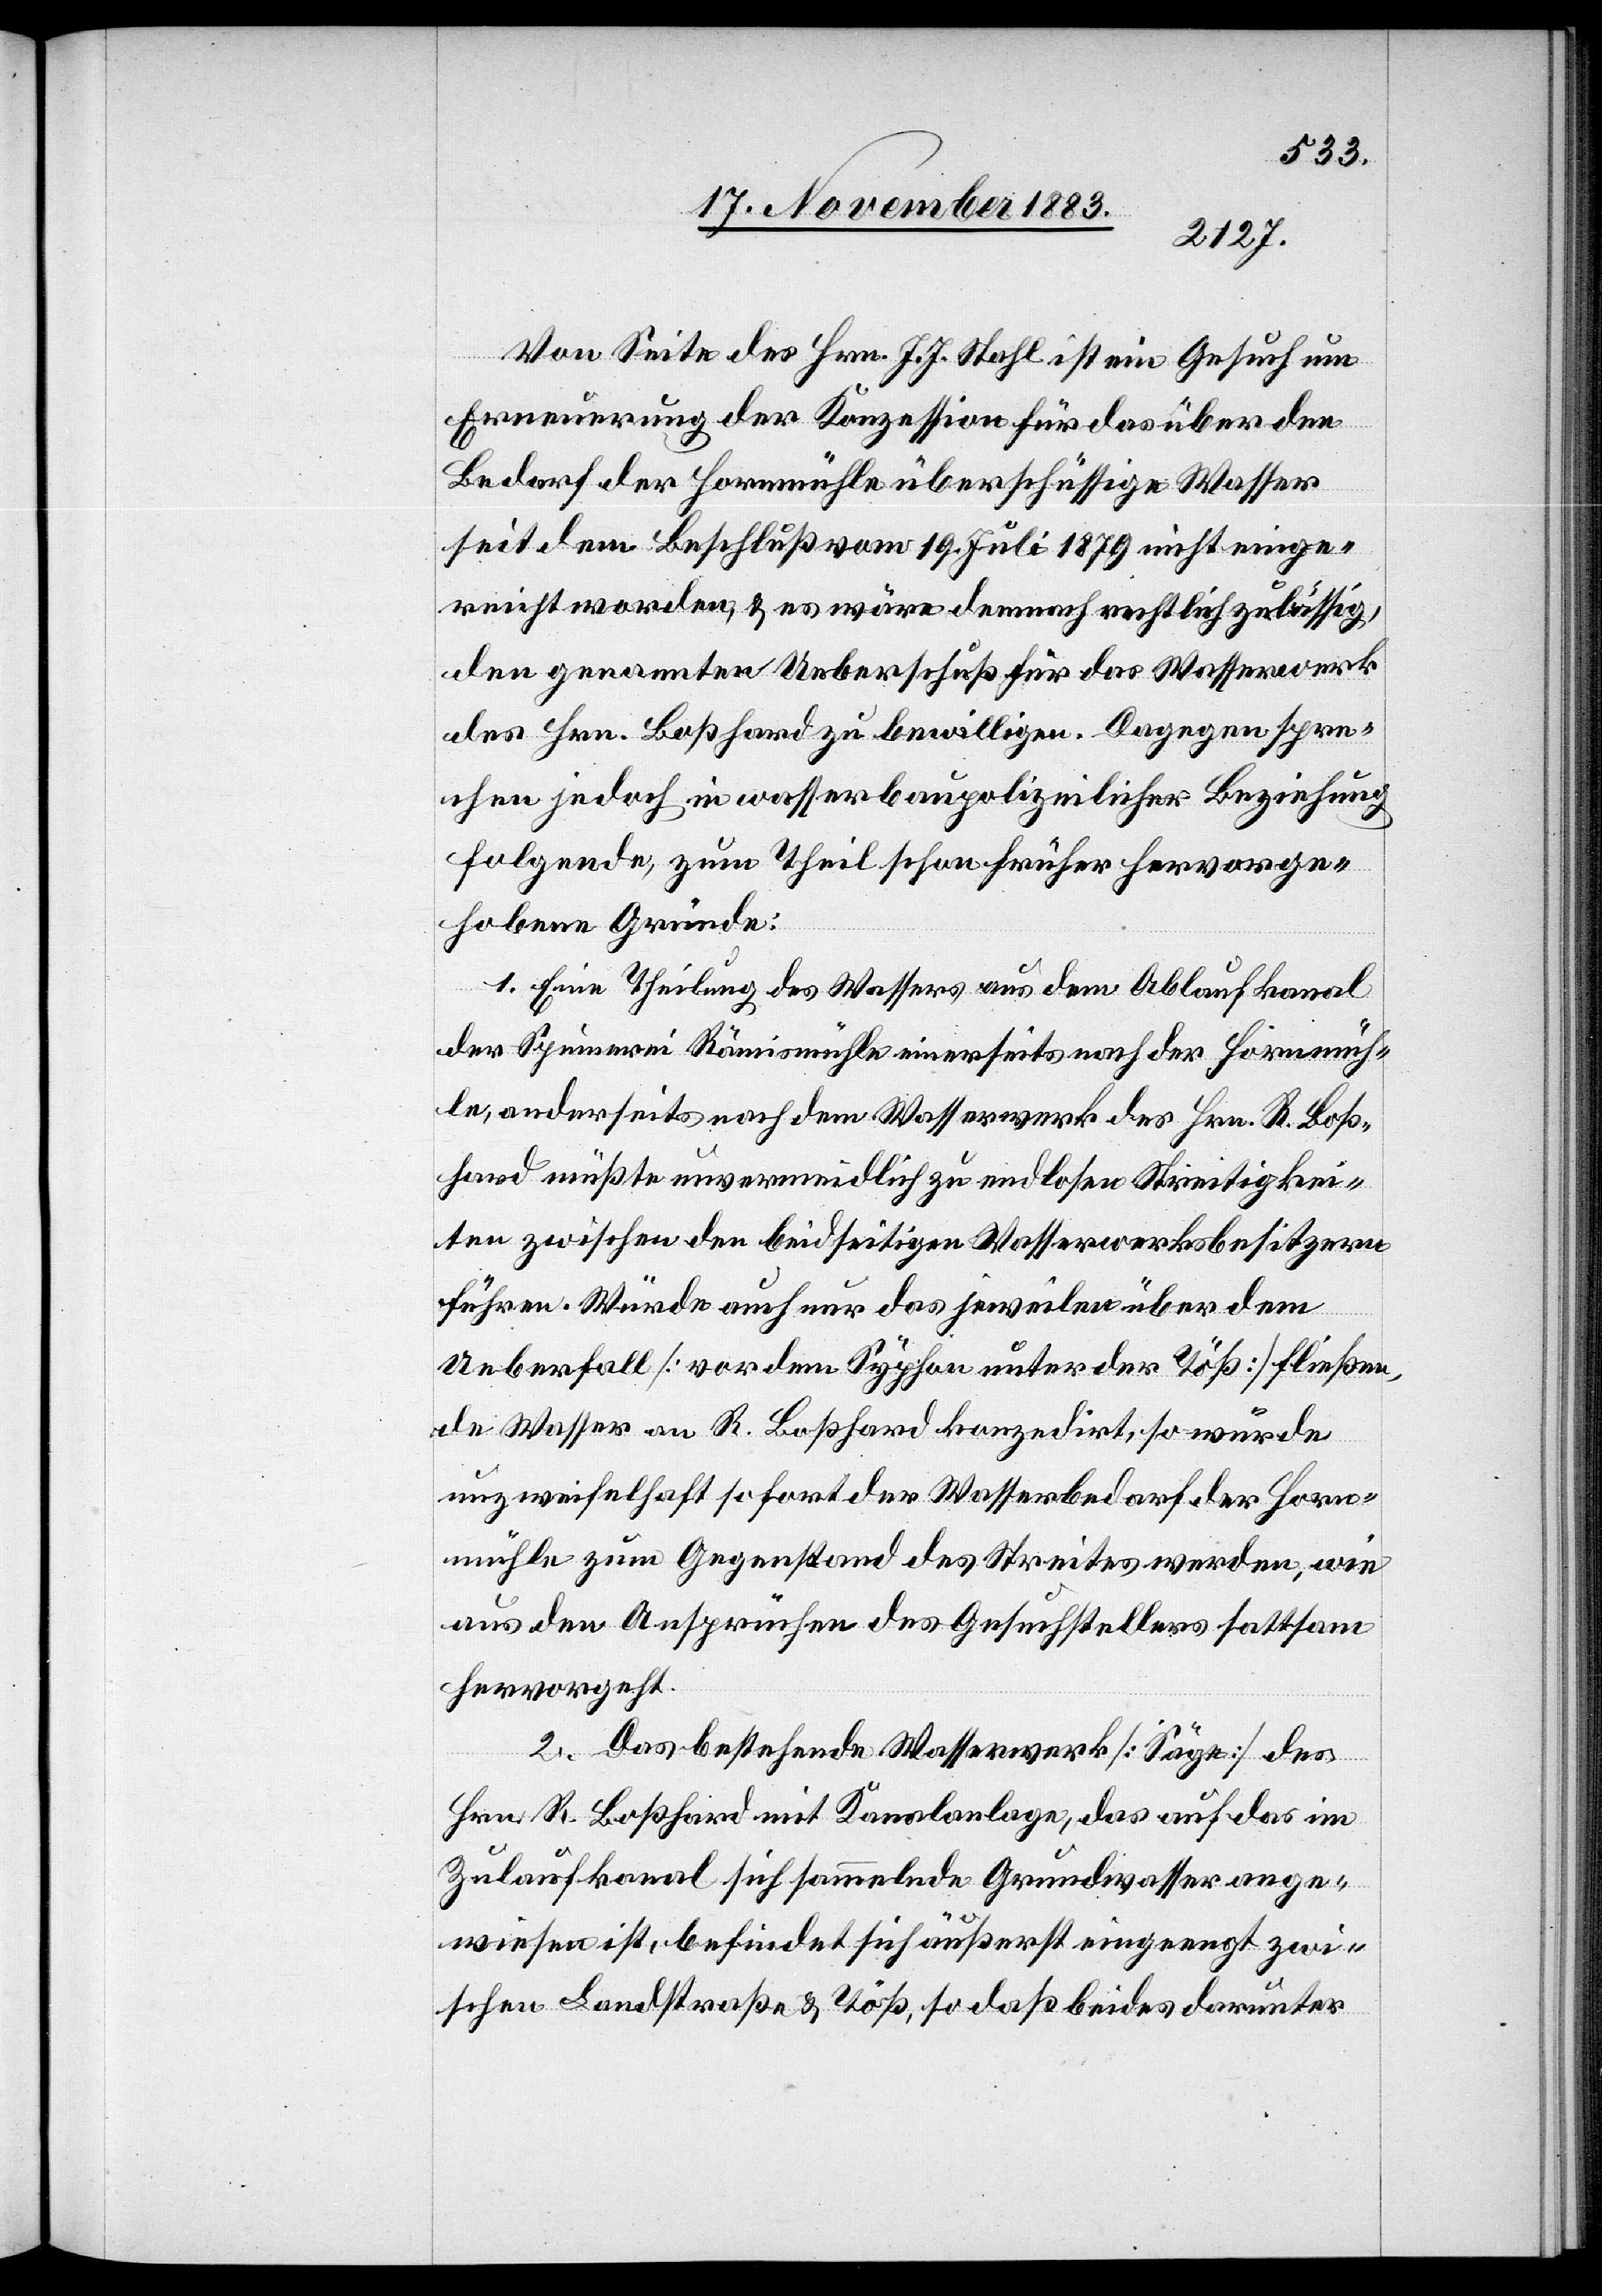
Von Seite des Hrn. J. J. Stahl ist ein Gesuch um
Erneuerung der Konzession für das über den
Bedarf der Hornmühle überschüssige Wasser
seit dem Beschluß vom 19. Juli 1879 nicht einge¬
reicht worden, & es wäre demnach rechtlich zulässig,
den genannten Ueberschuß für das Wasserwerk
des Hrn. Boßhard zu bewilligen. Dagegen spre¬
chen jedoch in wasserbaupolizeilicher Beziehung
folgende, zum Theil schon früher hervorge¬
hobene Gründe:
1. Eine Theilung des Wassers aus dem Ablaufkanal
der Spinnerei Rämismühle einerseits nach der Hornmüh¬
le anderseits nach dem Wasserwerk des Hrn. R. Boß¬
hard müßte unvermeidlich zu endlosen Streitigkei¬
ten zwischen den beidseitigen Wasserwerksbesitzern
führen. Würde auch nur das jeweilen über dem
Ueberfall [vor dem Syphon unter der Töß] fließen¬
de Wasser an R. Boßhard konzedirt, so wurde
unzweifelhaft sofort der Wasserbedarf der Horn¬
mühle zum Gegenstand des Streites werden, wie
aus den Ansprüchen des Gesuchstellers sattsam
hervorgeht.
2. Das bestehende Wasserwerk [Säge] des
Hrn. R. Boßhard mit Kanalanlage, das auf das im
Zulaufkanal sich sammelnde Grundwasser ange¬
wiesen ist, befindet sich äußerst eingeengt zwi¬
schen Landstraße & Töß, so daß beides darunter